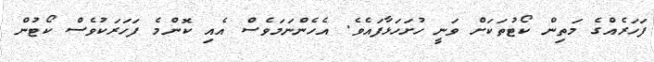
ފަހަރެއްގެ މަތިން ކޯޓުތަކަށް ވަނީ ހުށަހަޅާފައެވެ. އެހެންނަމަވެސް އެއި ކޮންމެ ފަހަރަކުވެސް ކޯޓުން